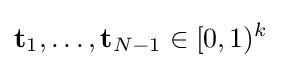
\mathbf {t} _{1},\dots ,\mathbf {t} _{N-1}\in [0,1)^{k}